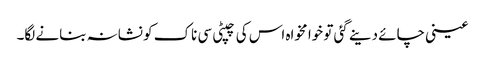
عینی چائے دینے گئی تو خوا مخواہ اس کی چپٹی سی ناک کو نشانہ بنانے لگا۔